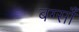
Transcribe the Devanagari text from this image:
बर्ग्साँ